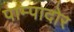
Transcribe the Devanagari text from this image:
पाम्पादोर